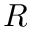
R